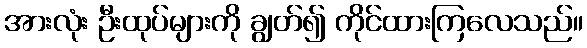
အားလုံး ဦးထုပ်များကို ချွတ်၍ ကိုင်ထားကြလေသည်။